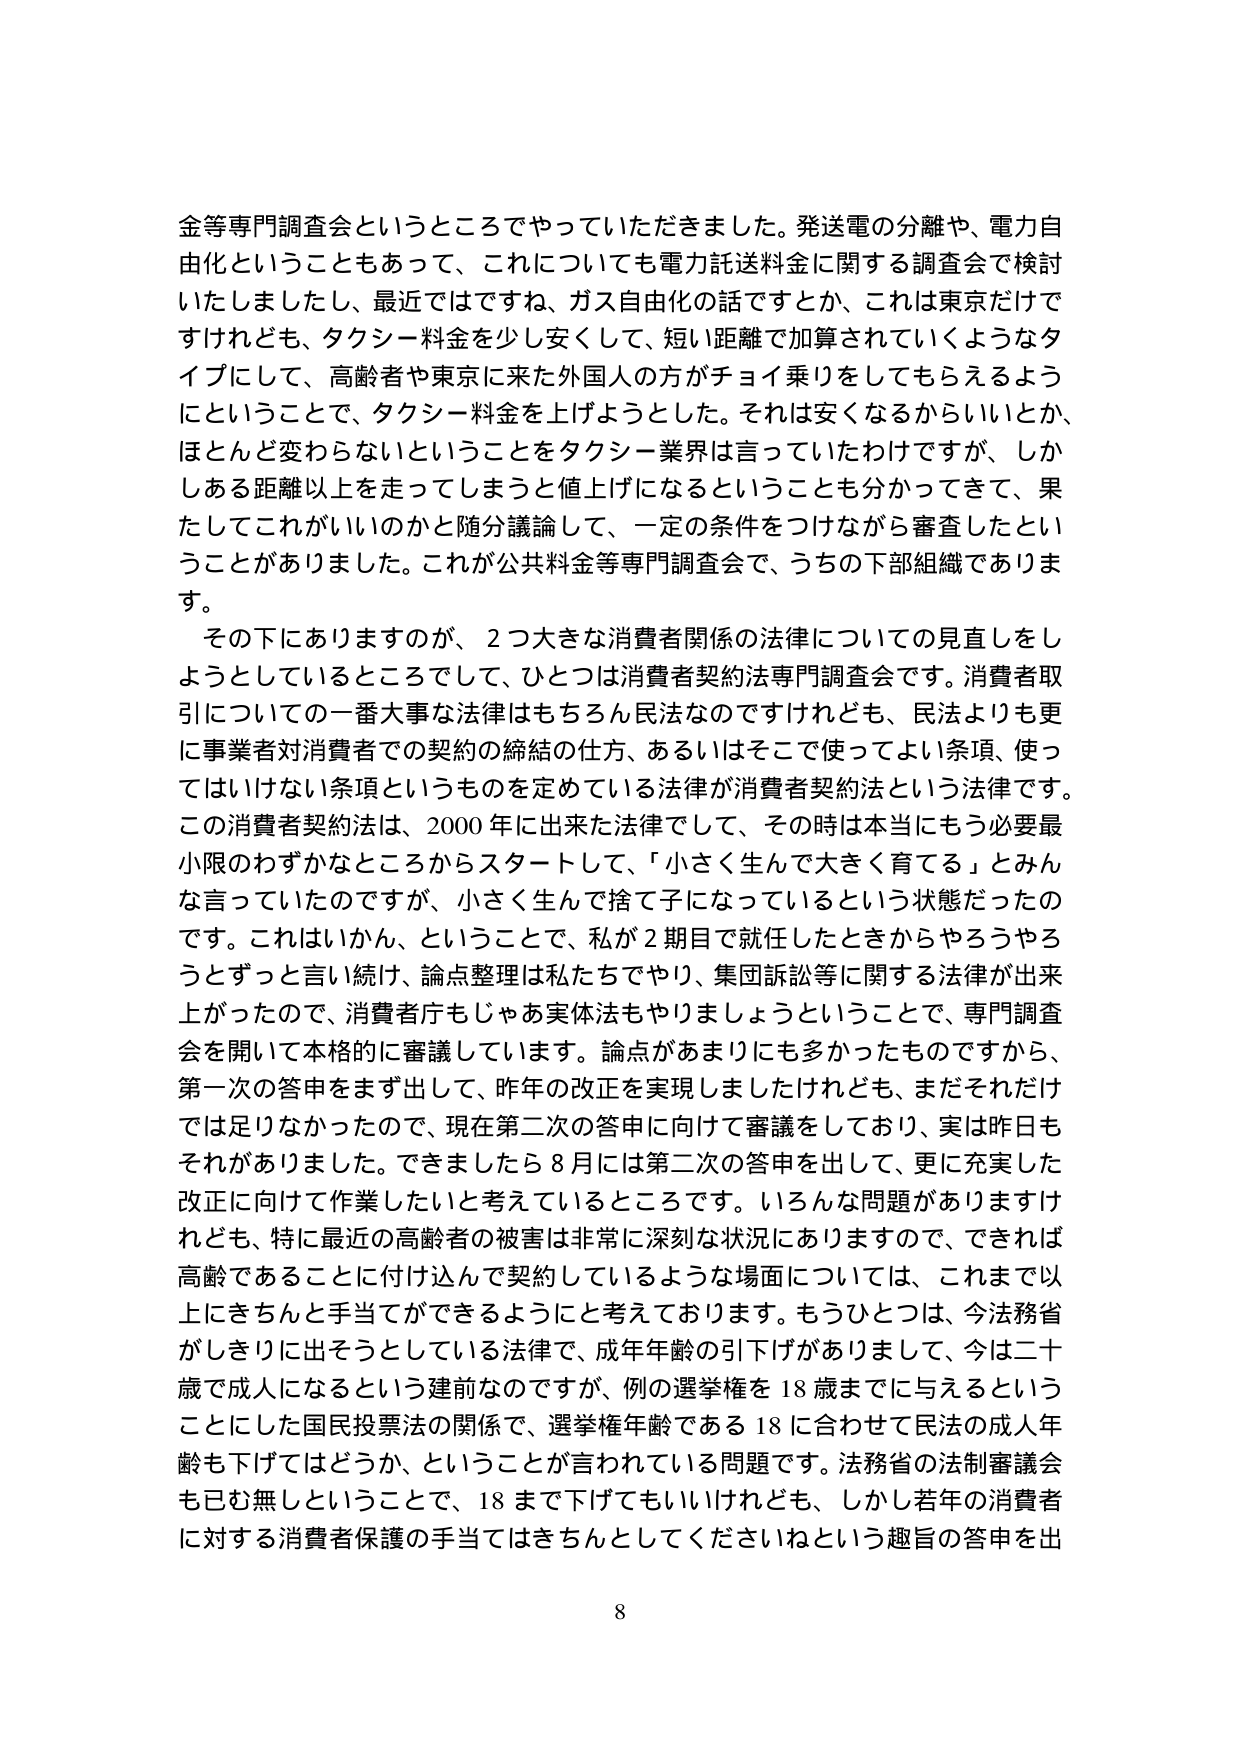
金等専門調査会というところでやっていただきました。発送電の分離や、電力自由化ということもあって、これについても電力託送料金に関する調査会で検討いたしましたし、最近ではですね、ガス自由化の話ですとか、これは東京だけですけれども、タクシー料金を少し安くして、短い距離で加算されていくようなタイプにして、高齢者や東京に来た外国人の方がチョイ乗りをしてもらえるようにということで、タクシー料金を上げようとした。それは安くなるからいいとか、ほとんど変わらないということをタクシー業界は言っていたわけですが、しかしある距離以上を走ってしまうと値上げになるということも分かってきて、果たしてこれがいいのかと随分議論して、一定の条件をつけながら審査したということがありました。これが公共料金等専門調査会で、うちの下部組織であります。

その下にありますのが、2つ大きな消費者関係の法律についての見直しをしようとしているところとして、ひとつは消費者契約法専門調査会です。消費者取引についての一番大事な法律はもちろん民法なのですが、民法よりも更に事業者対消費者での契約の締結の仕方、あるいはそこで使ってよい条項、使ってはいけない条項というものを定めている法律が消費者契約法という法律です。この消費者契約法は、2000年に出来た法律でして、その時は本当にもう必要最小限のわずかなところからスタートして、「小さく生んで大きく育てる」とみんな言っていたのですが、小さく生んで捨て子になっているという状態だったのです。これはいかん、ということで、私が2期目で就任したときからやろうやろうとずっと言い続け、論点整理は私たちでやり、集団訴訟等に関する法律が出来上がったので、消費者庁もじゃあ実体法もやりましょうということで、専門調査会を開いて本格的に審議しています。論点があまりにも多かったものですから、第一次の答申をまず出して、昨年の改正を実現しましたけれども、まだそれだけでは足りなかったので、現在第二次の答申に向けて審議をしており、実は昨日もそれがありました。できましたら8月には第二次の答申を出して、更に充実した改正に向けて作業したいと考えているところです。いろんな問題がありますけれども、特に最近の高齢者の被害は非常に深刻な状況にありますので、できれば高齢であることに付け込んで契約しているような場面については、これまで以上にきちんと手当てができるようにと考えております。もうひとつは、今法務省がしきりに出そうとしている法律で、成年年齢の引下げがありますし、今は二十歳で成人になるという建前なのですが、例の選挙権を18歳までに与えるということにした国民投票法の関係で、選挙権年齢である18に合わせて民法の成人年齢も下げてはどうか、ということが言われている問題です。法務省の法制審議会も已む無しということで、18まで下げてもいいけれども、しかし若年の消費者に対する消費者保護の手当てはきちんとしてくださいねという趣旨の答申を出

8